Vaccination in Bombay 1924-1928 - 1924-1928
Year: 1924
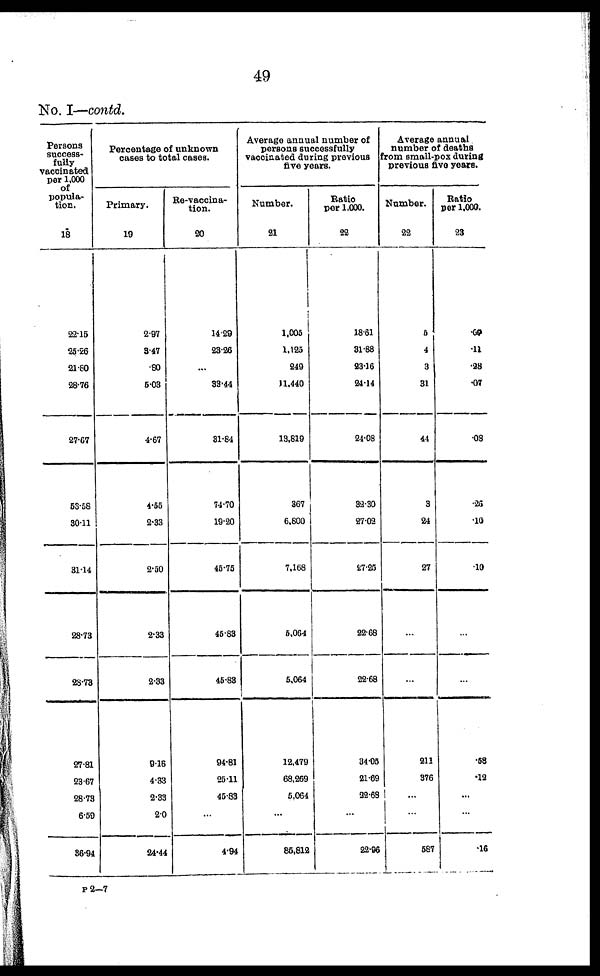
49
No. I—contd.
Persons
success-
fully
vaccinated
per 1,000
of
popula-
tion.
18
22.15
25.26
21.80
28.76
27.67
53.58
30.11
31.14
28.73
28.73
27.81
23.67
28.73
6.59
36.94
Percentage of unknown
cases to total cases.
Primary.
19
2.97
3.47
.80
5.03
4.67
4.55
2.33
2.50
2.33
2.33
9.16
4.33
2.33
2.0
24.44
Re-vaccina-
tion.
20
14.29
23.26
...
33.44
31.84
74.70
19.20
45.75
45.83
45.83
94.81
25.11
45.83
...
4.94
Average annual number of
persons successfully
vaccinated during previous
five years.
Number.
21
1,005
1,125
249
11,440
13,819
367
6,800
7,168
5,064
5,064
12,479
68,269
5,064
...
85,812
Ratio
per 1,000.
22
18.61
31.88
23.16
24.14
24.08
32.30
27.02
27.25
22.68
22.68
34.05
21.69
32.68
...
22.96
Average annual
number of deaths
from small-pox during
previous five years.
Number.
22
5
4
3
31
44
3
24
27
...
...
211
376
...
...
587
Ratio
per 1,000.
23
.60
.11
.28
.07
.08
.26
.10
.10
...
.58
.12
...
...
.16
P 2—7